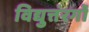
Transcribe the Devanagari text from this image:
विद्युत्तंरगों